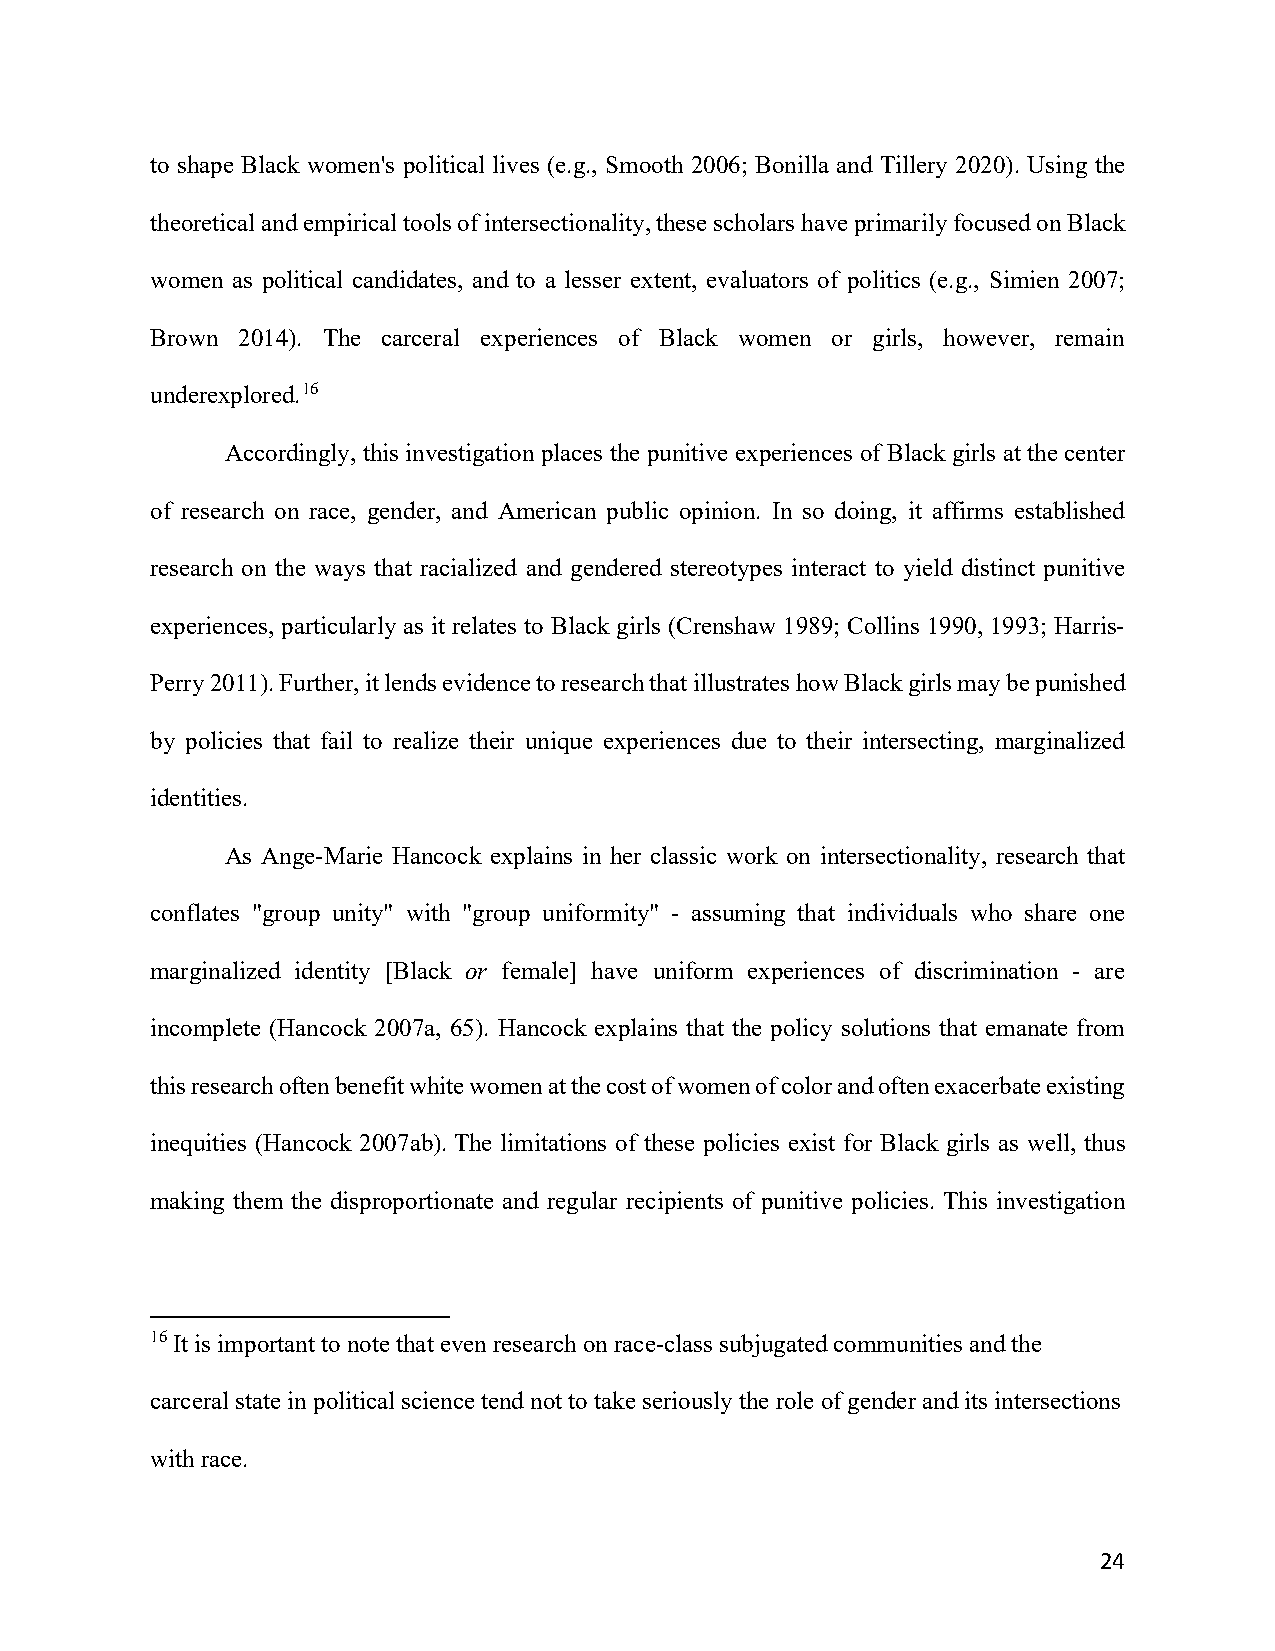
to shape Black women's political lives (e.g., Smooth 2006; Bonilla and Tillery 2020). Using the
 theoretical and empirical tools of intersectionality, these scholars have primarily focused on Black
 women as political candidates, and to a lesser extent, evaluators of politics (e.g., Simien 2007;
 Brown 2014). The carceral experiences of Black women or girls, however, remain
 underexplored.16
 Accordingly, this investigation places the punitive experiences of Black girls at the center
 of research on race, gender, and American public opinion. In so doing, it affirms established
 research on the ways that racialized and gendered stereotypes interact to yield distinct punitive
 experiences, particularly as it relates to Black girls (Crenshaw 1989; Collins 1990, 1993; Harris-
 Perry 2011). Further, it lends evidence to research that illustrates how Black girls may be punished
 by policies that fail to realize their unique experiences due to their intersecting, marginalized
 identities.
 As Ange-Marie Hancock explains in her classic work on intersectionality, research that
 conflates "group unity" with "group uniformity" - assuming that individuals who share one
 marginalized identity [Black or female] have uniform experiences of discrimination - are
 incomplete (Hancock 2007a, 65). Hancock explains that the policy solutions that emanate from
 this research often benefit white women at the cost of women of color and often exacerbate existing
 inequities (Hancock 2007ab). The limitations of these policies exist for Black girls as well, thus
 making them the disproportionate and regular recipients of punitive policies. This investigation
 16 It is important to note that even research on race-class subjugated communities and the
 carceral state in political science tend not to take seriously the role of gender and its intersections
 with race.
 24